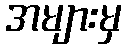
အများမှ